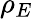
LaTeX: \rho_{E}